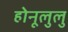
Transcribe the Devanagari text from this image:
होनूलुलु